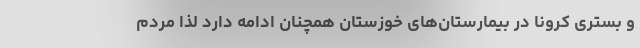
و بستری کرونا در بیمارستان‌های خوزستان همچنان ادامه دارد لذا مردم